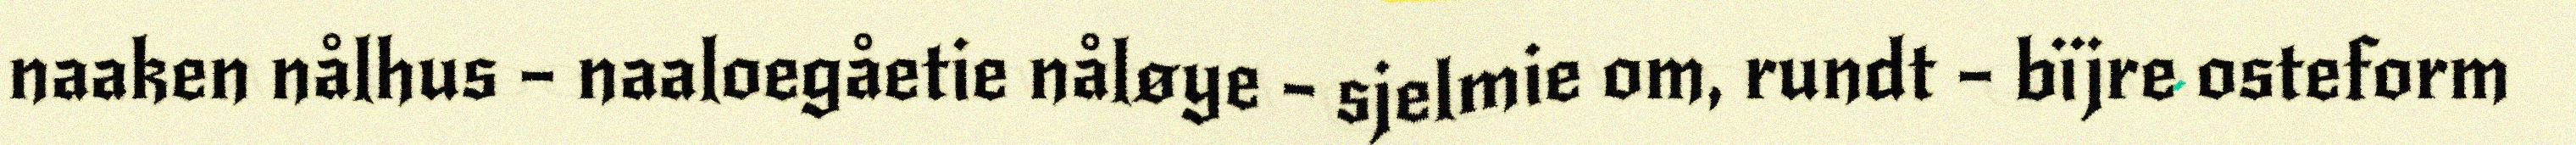
naaken nålhus – naaloegåetie nåløye – sjelmie om, rundt – bïjre osteform